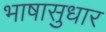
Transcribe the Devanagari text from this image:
भाषासुधार